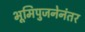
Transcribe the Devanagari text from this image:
भूमिपुजनेनंतर